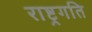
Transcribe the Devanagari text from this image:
राष्ट्रगति